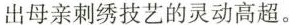
出母亲刺绣技艺的灵动高超。